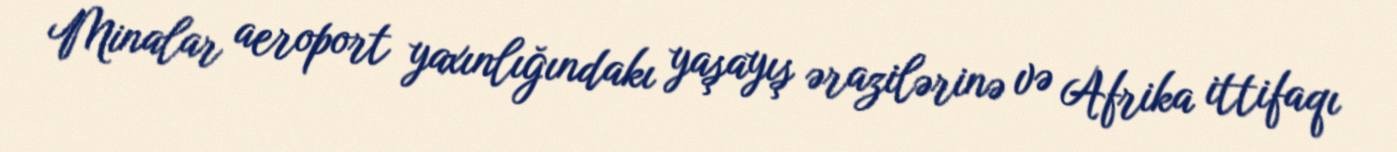
Minalar aeroport yaxınlığındakı yaşayış ərazilərinə və Afrika ittifaqı